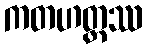
ကတဟတ္ထဿ